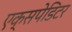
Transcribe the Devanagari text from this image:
एक्सपेडिटर